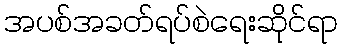
အပစ်အခတ်ရပ်စဲရေးဆိုင်ရာ